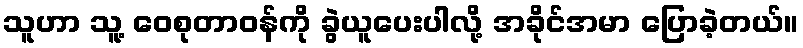
သူဟာ သူ့ ဝေစုတာဝန်ကို ခွဲယူပေးပါလို့ အခိုင်အမာ ပြောခဲ့တယ်။